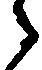
之